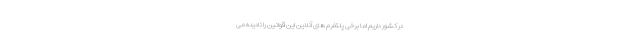
در کشور داریم اما برخی پلتفرم های آنلاین این قوانین را نادیده می